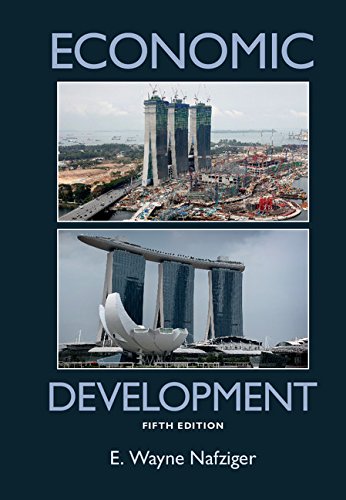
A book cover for Economic Development; E. Wayne Nafziger; Business & Money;